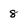
Character: 8